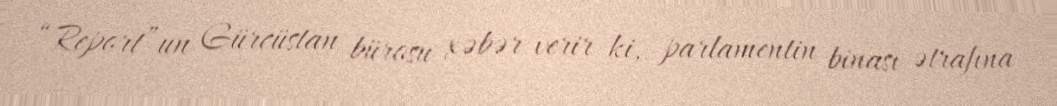
“Report”un Gürcüstan bürosu xəbər verir ki, parlamentin binası ətrafına